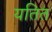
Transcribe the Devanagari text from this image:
यतित